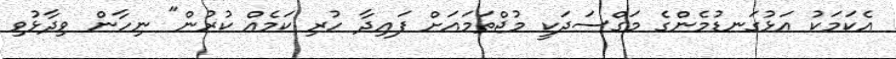
އެކަމަކު އަޅުގަނޑުމެންގެ މަގްސަދަކީ މުޖްތަމައަށް ފައިދާ ހުރި ކަމެއް ކުރުން" ނިހާން ވިދާޅުވި